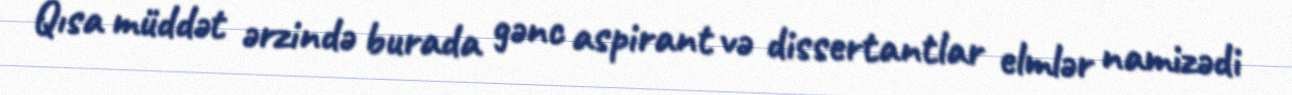
Qısa müddət ərzində burada gənc aspirant və dissertantlar elmlər namizədi